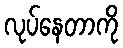
လုပ်နေတာကို